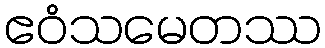
ဧဝံသမေတဿ